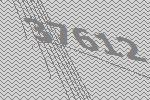
37612